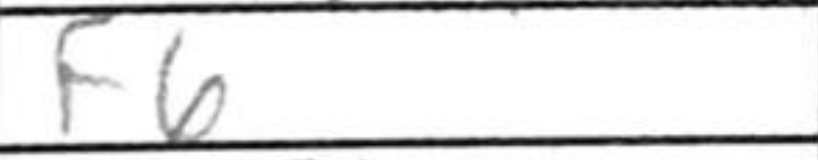
Transcription: f6